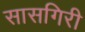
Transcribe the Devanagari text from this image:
सासगिरी